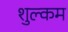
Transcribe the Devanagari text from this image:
शुल्कम